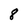
Character: 8